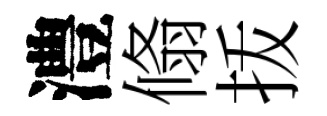
澧翛㧞